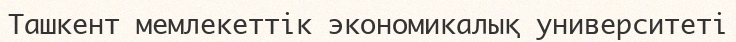
Ташкент мемлекеттік экономикалық университеті